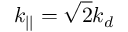
k _ { | | } = \sqrt { 2 } k _ { d }